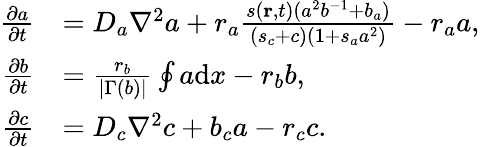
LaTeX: \begin{array}{rl}{\frac{\partial a}{\partial t}}&{=D_{a}\nabla^{2}a+r_{a}\frac{s(\textbf{r},t)(a^{2}b^{-1}+b_{a})}{(s_{c}+c)(1+s_{a}a^{2})}-r_{a}a,}\\ {\frac{\partial b}{\partial t}}&{=\frac{r_{b}}{|\Gamma(b)|}\oint a\mathrm{d}x-r_{b}b,}\\ {\frac{\partial c}{\partial t}}&{=D_{c}\nabla^{2}c+b_{c}a-r_{c}c.}\end{array}